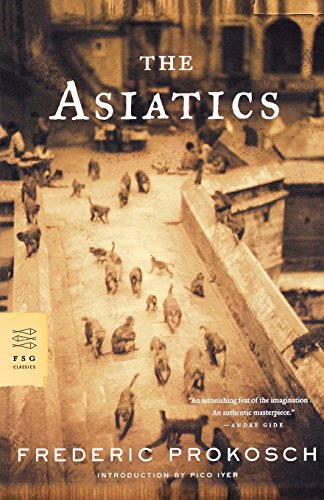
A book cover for The Asiatics: A Novel (FSG Classics); Frederic Prokosch; Travel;